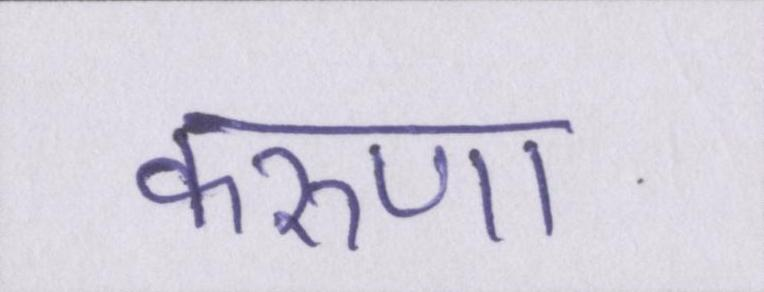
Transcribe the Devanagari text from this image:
करुणा